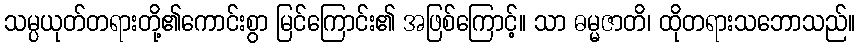
သမ္ပယုတ်တရားတို့၏ကောင်းစွာ မြင်ကြောင်း၏ အဖြစ်ကြောင့်။ သာ ဓမ္မဇာတိ၊ ထိုတရားသဘောသည်။